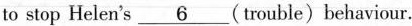
to stop Helen's \underline{6} (trouble)behaviour.